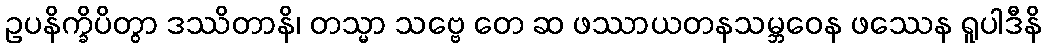
ဥပနိက္ခိပိတွာ ဒဿိတာနိ၊ တသ္မာ သဗ္ဗေ တေ ဆ ဖဿာယတနသမ္ဘဝေန ဖဿေန ရူပါဒီနိ